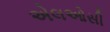
એલઓસી